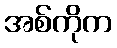
အစ်ကိုက